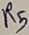
Text: R5